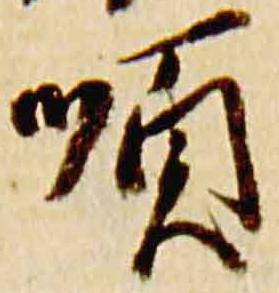
順